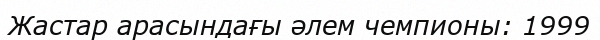
Жастар арасындағы әлем чемпионы: 1999